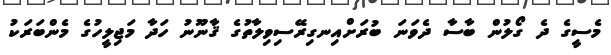
މެސީގެ ދެ ގޯލުން ބާސާ ދެވަނަ ބުރަށްއިނގިރޭސިވިލާތުގެ ޤާނޫނު ހަދާ މަޖިލީހުގެ މެންބަރަކު